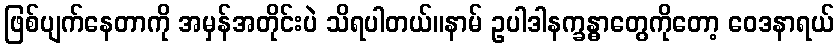
ဖြစ်ပျက်နေတာကို အမှန်အတိုင်းပဲ သိရပါတယ်။နာမ် ဥပါဒါနက္ခန္ဓာတွေကိုတော့ ဝေဒနာရယ်